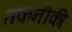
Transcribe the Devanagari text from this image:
तकनीकी